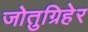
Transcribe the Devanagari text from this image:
जोतुग्रिहेर